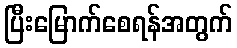
ပြီးမြောက်စေရန်အတွက်